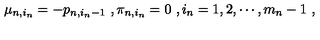
\mu _ { n , i _ { n } } = - p _ { n , i _ { n } - 1 } \ , \pi _ { n , i _ { n } } = 0 \ , i _ { n } = 1 , 2 , \cdots , m _ { n } - 1 \ ,